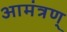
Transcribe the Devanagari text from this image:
आमंत्रण्